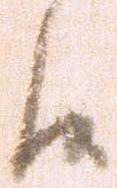
候